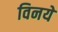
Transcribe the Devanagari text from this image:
विनये